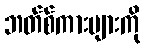
ဘတ်စ်ကားများကို